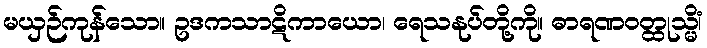
မယှဉ်ကုန်သော။ ဥဒကသာဋိကာယော၊ ရေသနုပ်တို့ကို။ ဓာရဏဝတ္ထုသ္မိံ၊